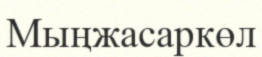
Мыңжасаркөл